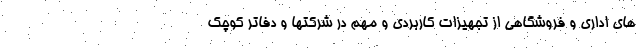
های اداری و فروشگاهی از تجهیزات کاربردی و مهم در شرکتها و دفاتر کوچک